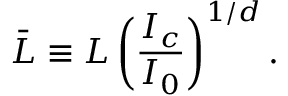
\bar { L } \equiv L \left( \frac { I _ { c } } { I _ { 0 } } \right) ^ { 1 / d } .